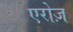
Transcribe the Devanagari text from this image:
एरोज़